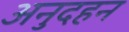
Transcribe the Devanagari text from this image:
अनुदहन